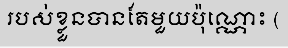
របស់ខ្លួនបានតែមួយប៉ុណ្ណោះ (